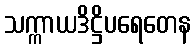
သက္ကာယဒိဋ္ဌိပရေတေန